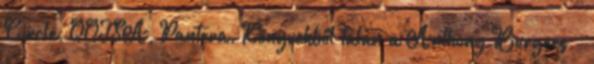
Circle, QOTSA, Pantera. Könyvekből talán a Anthony Burgees -